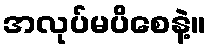
အလုပ်မပိစေနဲ့။